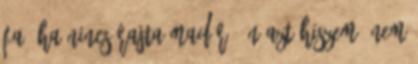
fa, ha nincs rajta madár. Én azt hiszem, nem